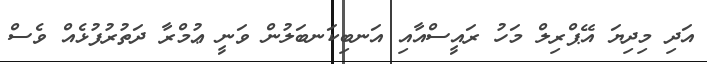
އަދި މިދިޔަ އޭޕްރިލް މަހު ރައީސްއާއި އަނބިކަނބަލުން ވަނީ ޢުމްރާ ދަތުރުފުޅެއް ވެސް